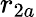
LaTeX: r_{2a}